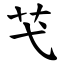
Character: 芅